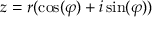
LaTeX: z = r ( \cos ( \varphi ) + i \sin ( \varphi ) )